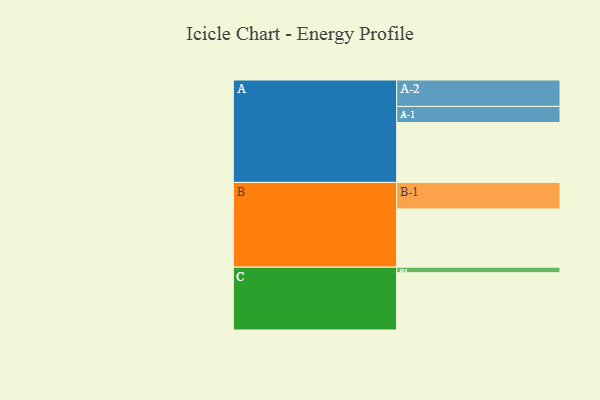
{"axis": {"x": "Segment", "y": "Value"}, "legend": ["", "A", "B", "C"], "data": [{"x": "A", "y": 574, "type": ""}, {"x": "B", "y": 558, "type": ""}, {"x": "C", "y": 549, "type": ""}, {"x": "A-1", "y": 154, "type": "A"}, {"x": "A-2", "y": 253, "type": "A"}, {"x": "B-1", "y": 254, "type": "B"}, {"x": "C-1", "y": 53, "type": "C"}]}